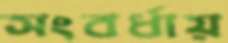
সংবর্ধায়